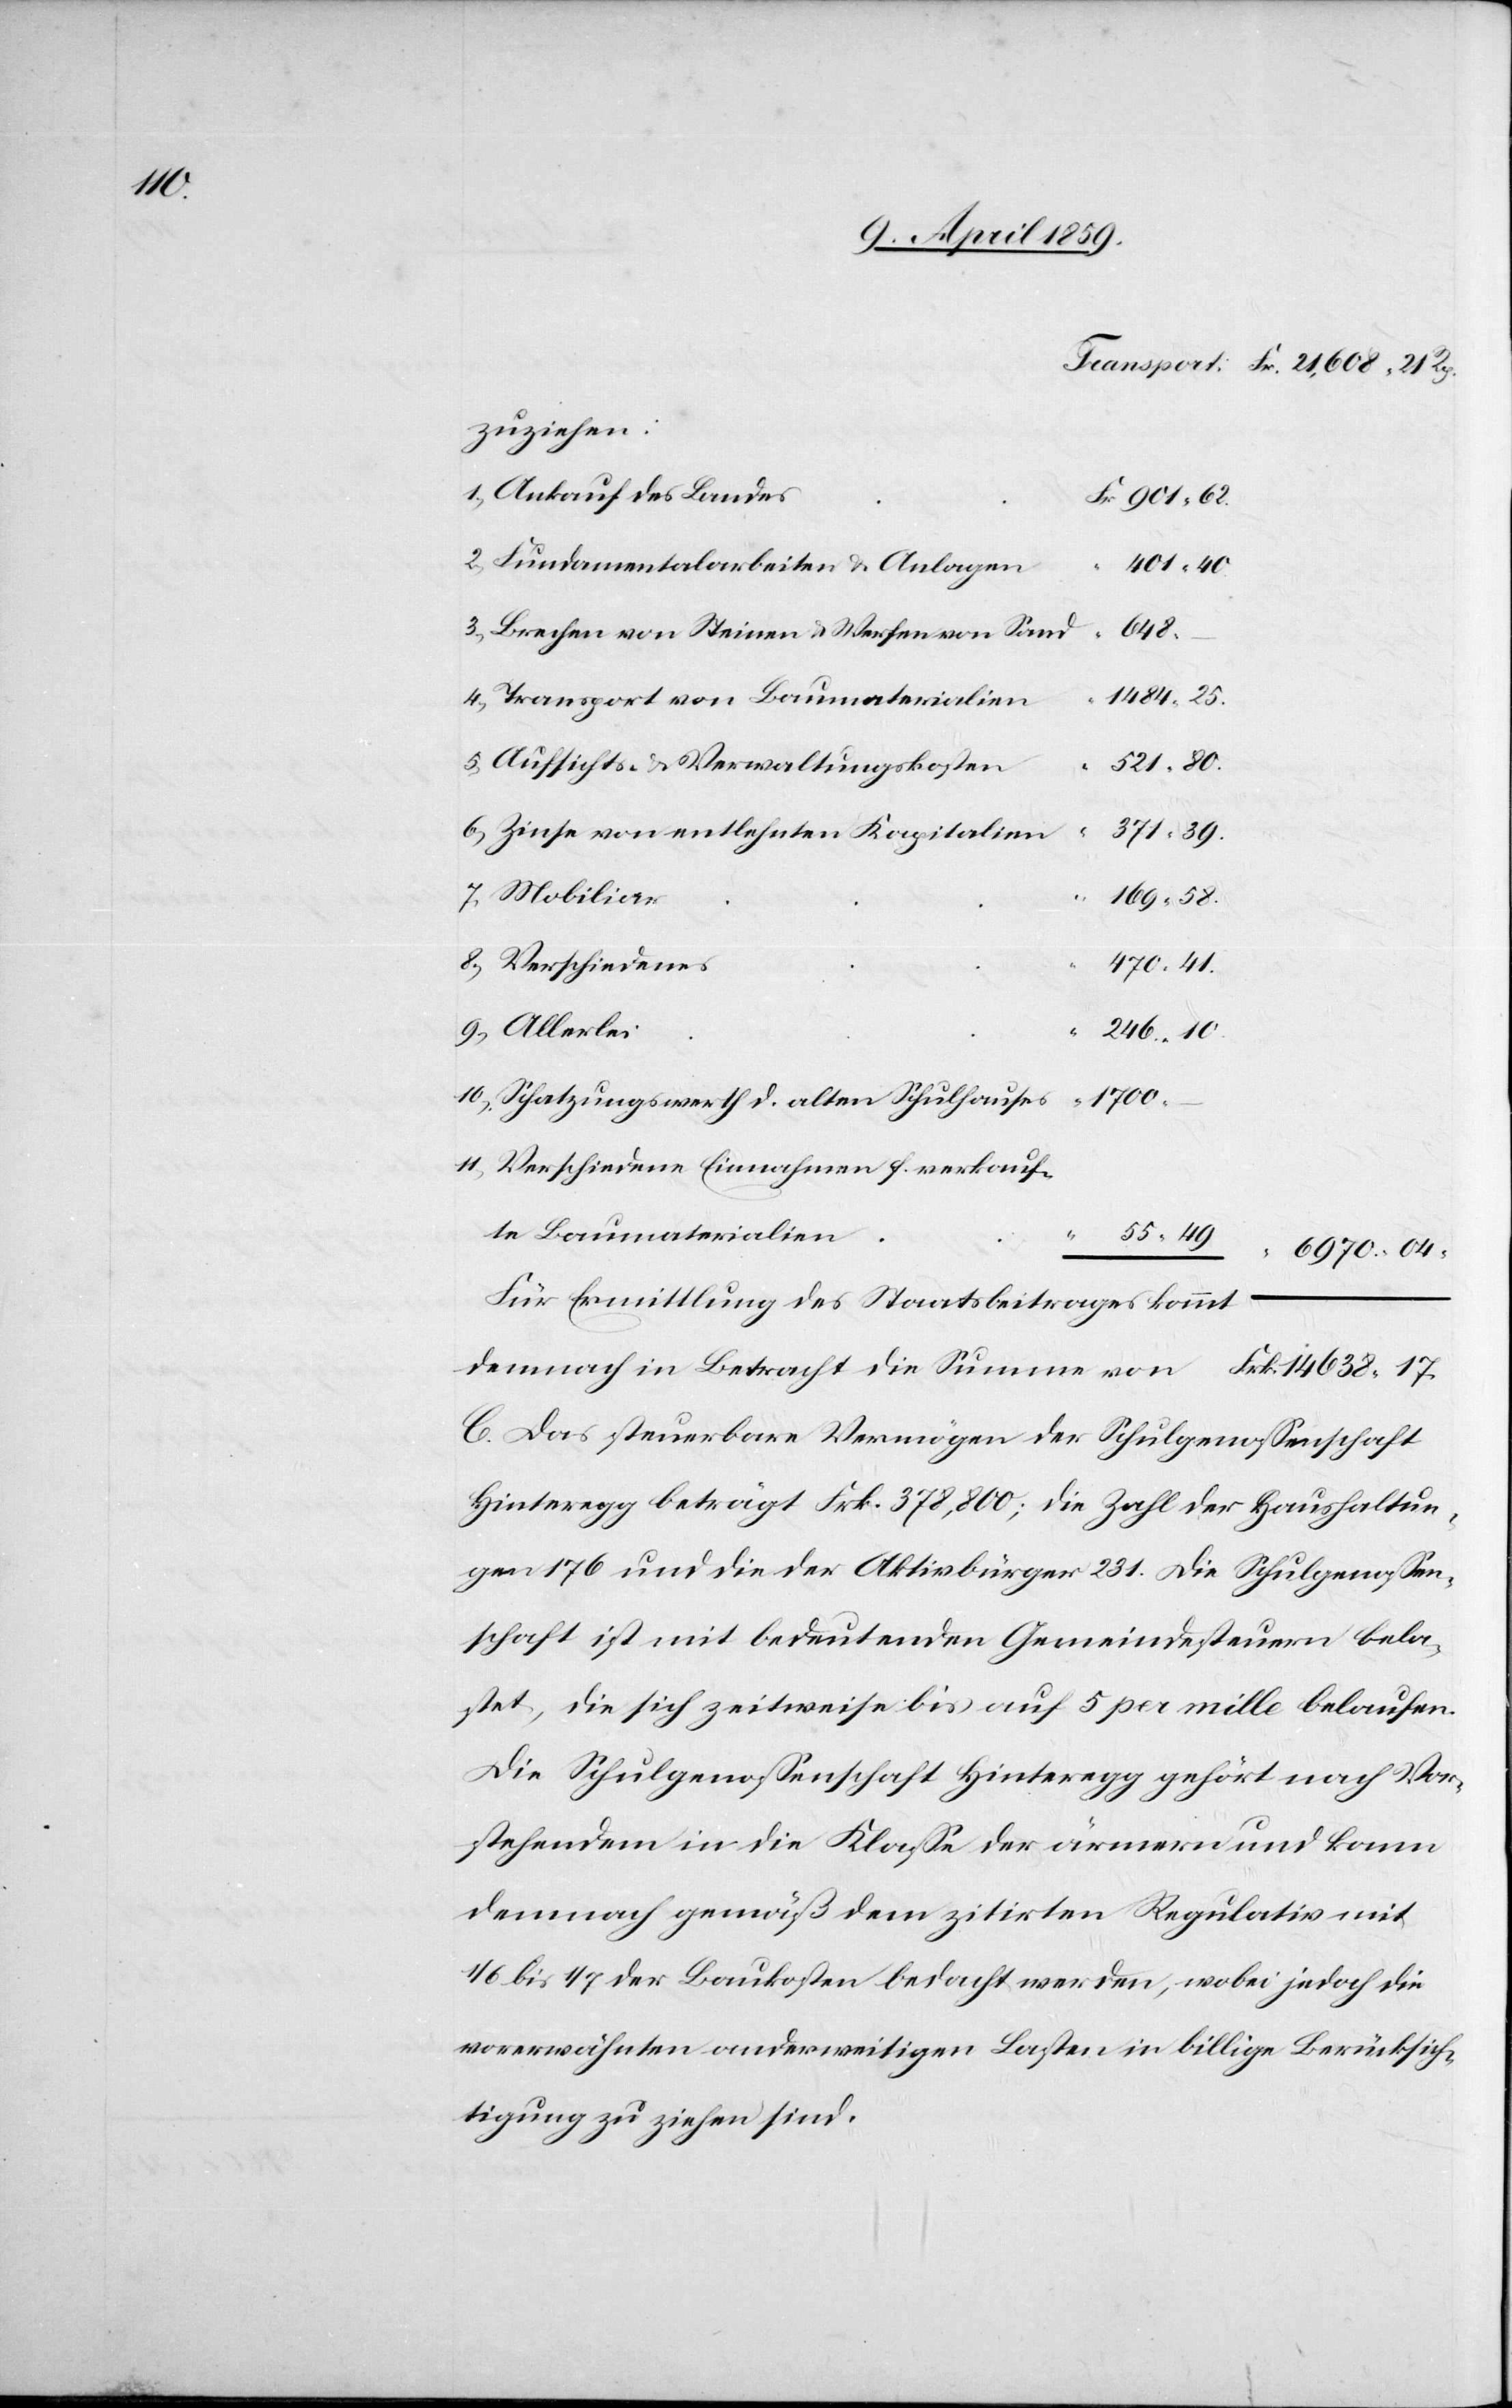
14

1) Ankauf des Landes
2) Fundamentalarbeiten & Anlagen
401. 40.
3) Brechen von Steinen & Werfen von Sand
648.
1484. 25.
4) Transport von Baumaterialien
5) Aufsichts- & Verwaltungskosten
521. 80.
6) Zinse von entlehnten Kapitalien
371. 39.
7) Mobiliar
169. 58.
8) Verschiedenes
470. 41.
9) Allerlei
246. 10.
1700.
10) Schatzungswerth d. alten Schulhauses
11) Verschiedene Einnahmen f. verkauf¬
te Baumaterialien
638.
17.
55. 49.
6970. 04.
Für Ermittlung des Staatsbeitrages kommt
C. Das steuerbare Vermögen der Schulgenoßenschaft
Hinteregg beträgt Frk. 378,800; die Zahl der Haushaltun¬
gen 176 und die der Aktivbürger 231. Die Schulgenoßen¬
schaft ist mit bedeutenden Gemeindesteuern bela¬
stet, die sich zeitweise bis auf 5 per mille belaufen.
Die Schulgenoßenschaft Hinteregg gehört nach Vor¬
stehendem in die Klaße der ärmern und kann
demnach gemäß dem zitirten Regulativ mit
1/6 bis 1/7 der Baukosten bedacht werden, wobei jedoch die
vorerwähnten anderweitigen Lasten in billige Berücksich¬
tigung zu ziehen sind.